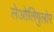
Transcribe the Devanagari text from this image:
लेओलिगुलोर